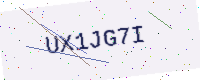
Text: UX1JG7I